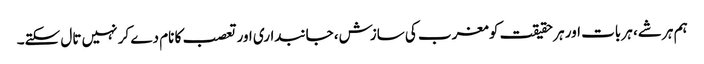
ہم ہر شے، ہر بات اور ہر حقیقت کو مغرب کی سازش، جانبداری اور تعصب کا نام دے کر نہیں تال سکتے۔